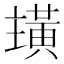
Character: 𮮏